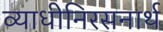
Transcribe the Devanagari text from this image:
व्याधीनिरसनार्थ